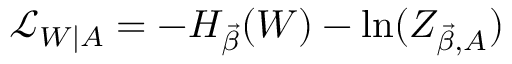
\mathcal { L } _ { W | A } = - H _ { \Vec { \beta } } ( W ) - \ln ( Z _ { \Vec { \beta } , A } )